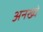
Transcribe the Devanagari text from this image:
अनख्वे